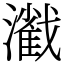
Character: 𤁢